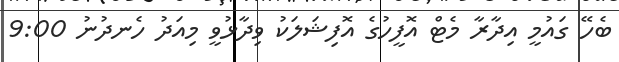
ބެހޭ ގައުމީ އިދާރާ މެޓް އޮފީހުގެ އޮފިޝަލަކު ވިދާޅުވީ މިއަދު ހެނދުނު 9:00